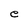
Character: e